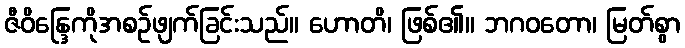
ဇီဝိန္ဒြေကိုအစဉ်ဖျက်ခြင်းသည်။ ဟောတိ၊ ဖြစ်၏။ ဘဂဝတော၊ မြတ်စွာ